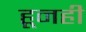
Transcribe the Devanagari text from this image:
हूनही